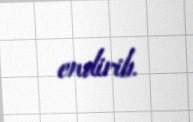
endirib.